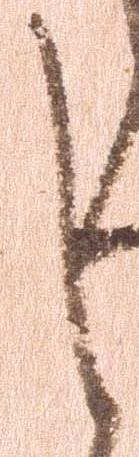
く